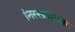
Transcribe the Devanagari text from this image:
निस्सहायता